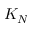
K _ { N }